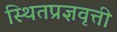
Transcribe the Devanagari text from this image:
स्थितप्रज्ञवृत्ती